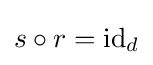
s\circ r=\operatorname {id} _{d}